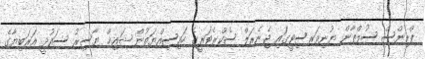
ޕްރިންސް ސުލްތާން ޔުނިވަރސިޓީގައި ޖެނެރަލް ސެކްރެޓަރީގެ ހައިސިއްޔަތުން ޝައިޚް ޔާސިރު ސައުދީ އަރަބިޔާގެ